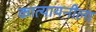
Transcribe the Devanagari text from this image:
कात्यायनीला